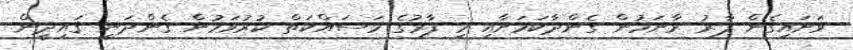
ވަށައިގެން ފާރު ރާނަމުން ގެންދާކަމަށާއި މި ފާރުގެ މަސައްކަތް ކުރުވަމުން ގެންދަނީ ޤައިދީން